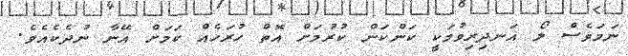
ނަމަވެސް ލޯ އަނދިރިވުމަކީ ކަންކަން ކުރުމަށް އޮތް ހުރަހެއް ކަމަށް އޭނާ ނުދެކެއެވެ.